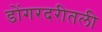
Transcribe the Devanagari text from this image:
डोंगरदरीतली